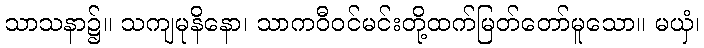
သာသနာ၌။ သကျမုနိနော၊ သာကဝီဝင်မင်းတို့ထက်မြတ်တော်မူသော။ မယှံ၊